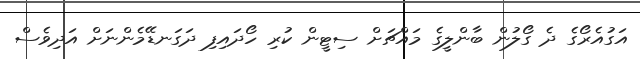
އަގުއެރޯގެ ދެ ގޯލުން ބާންލީގެ މައްޗަށް ސިޓީން ކުރި ހޯދައިފި ދަގަނޑޭމެންނަށް އަދިވެސް